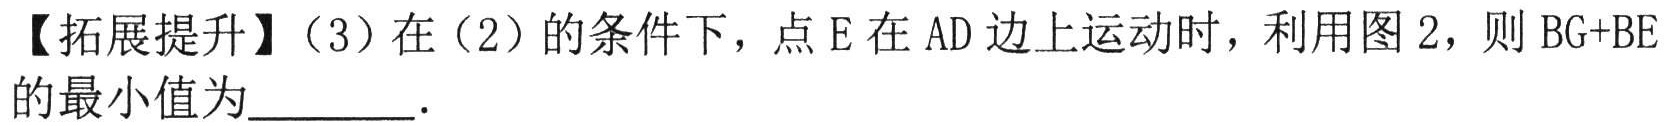
【拓展提升】（3）在（2）的条件下，点\(E\)在\(AD\)边上运动时，利用图\(2\)，则\(BG + BE\)的最小值为________．